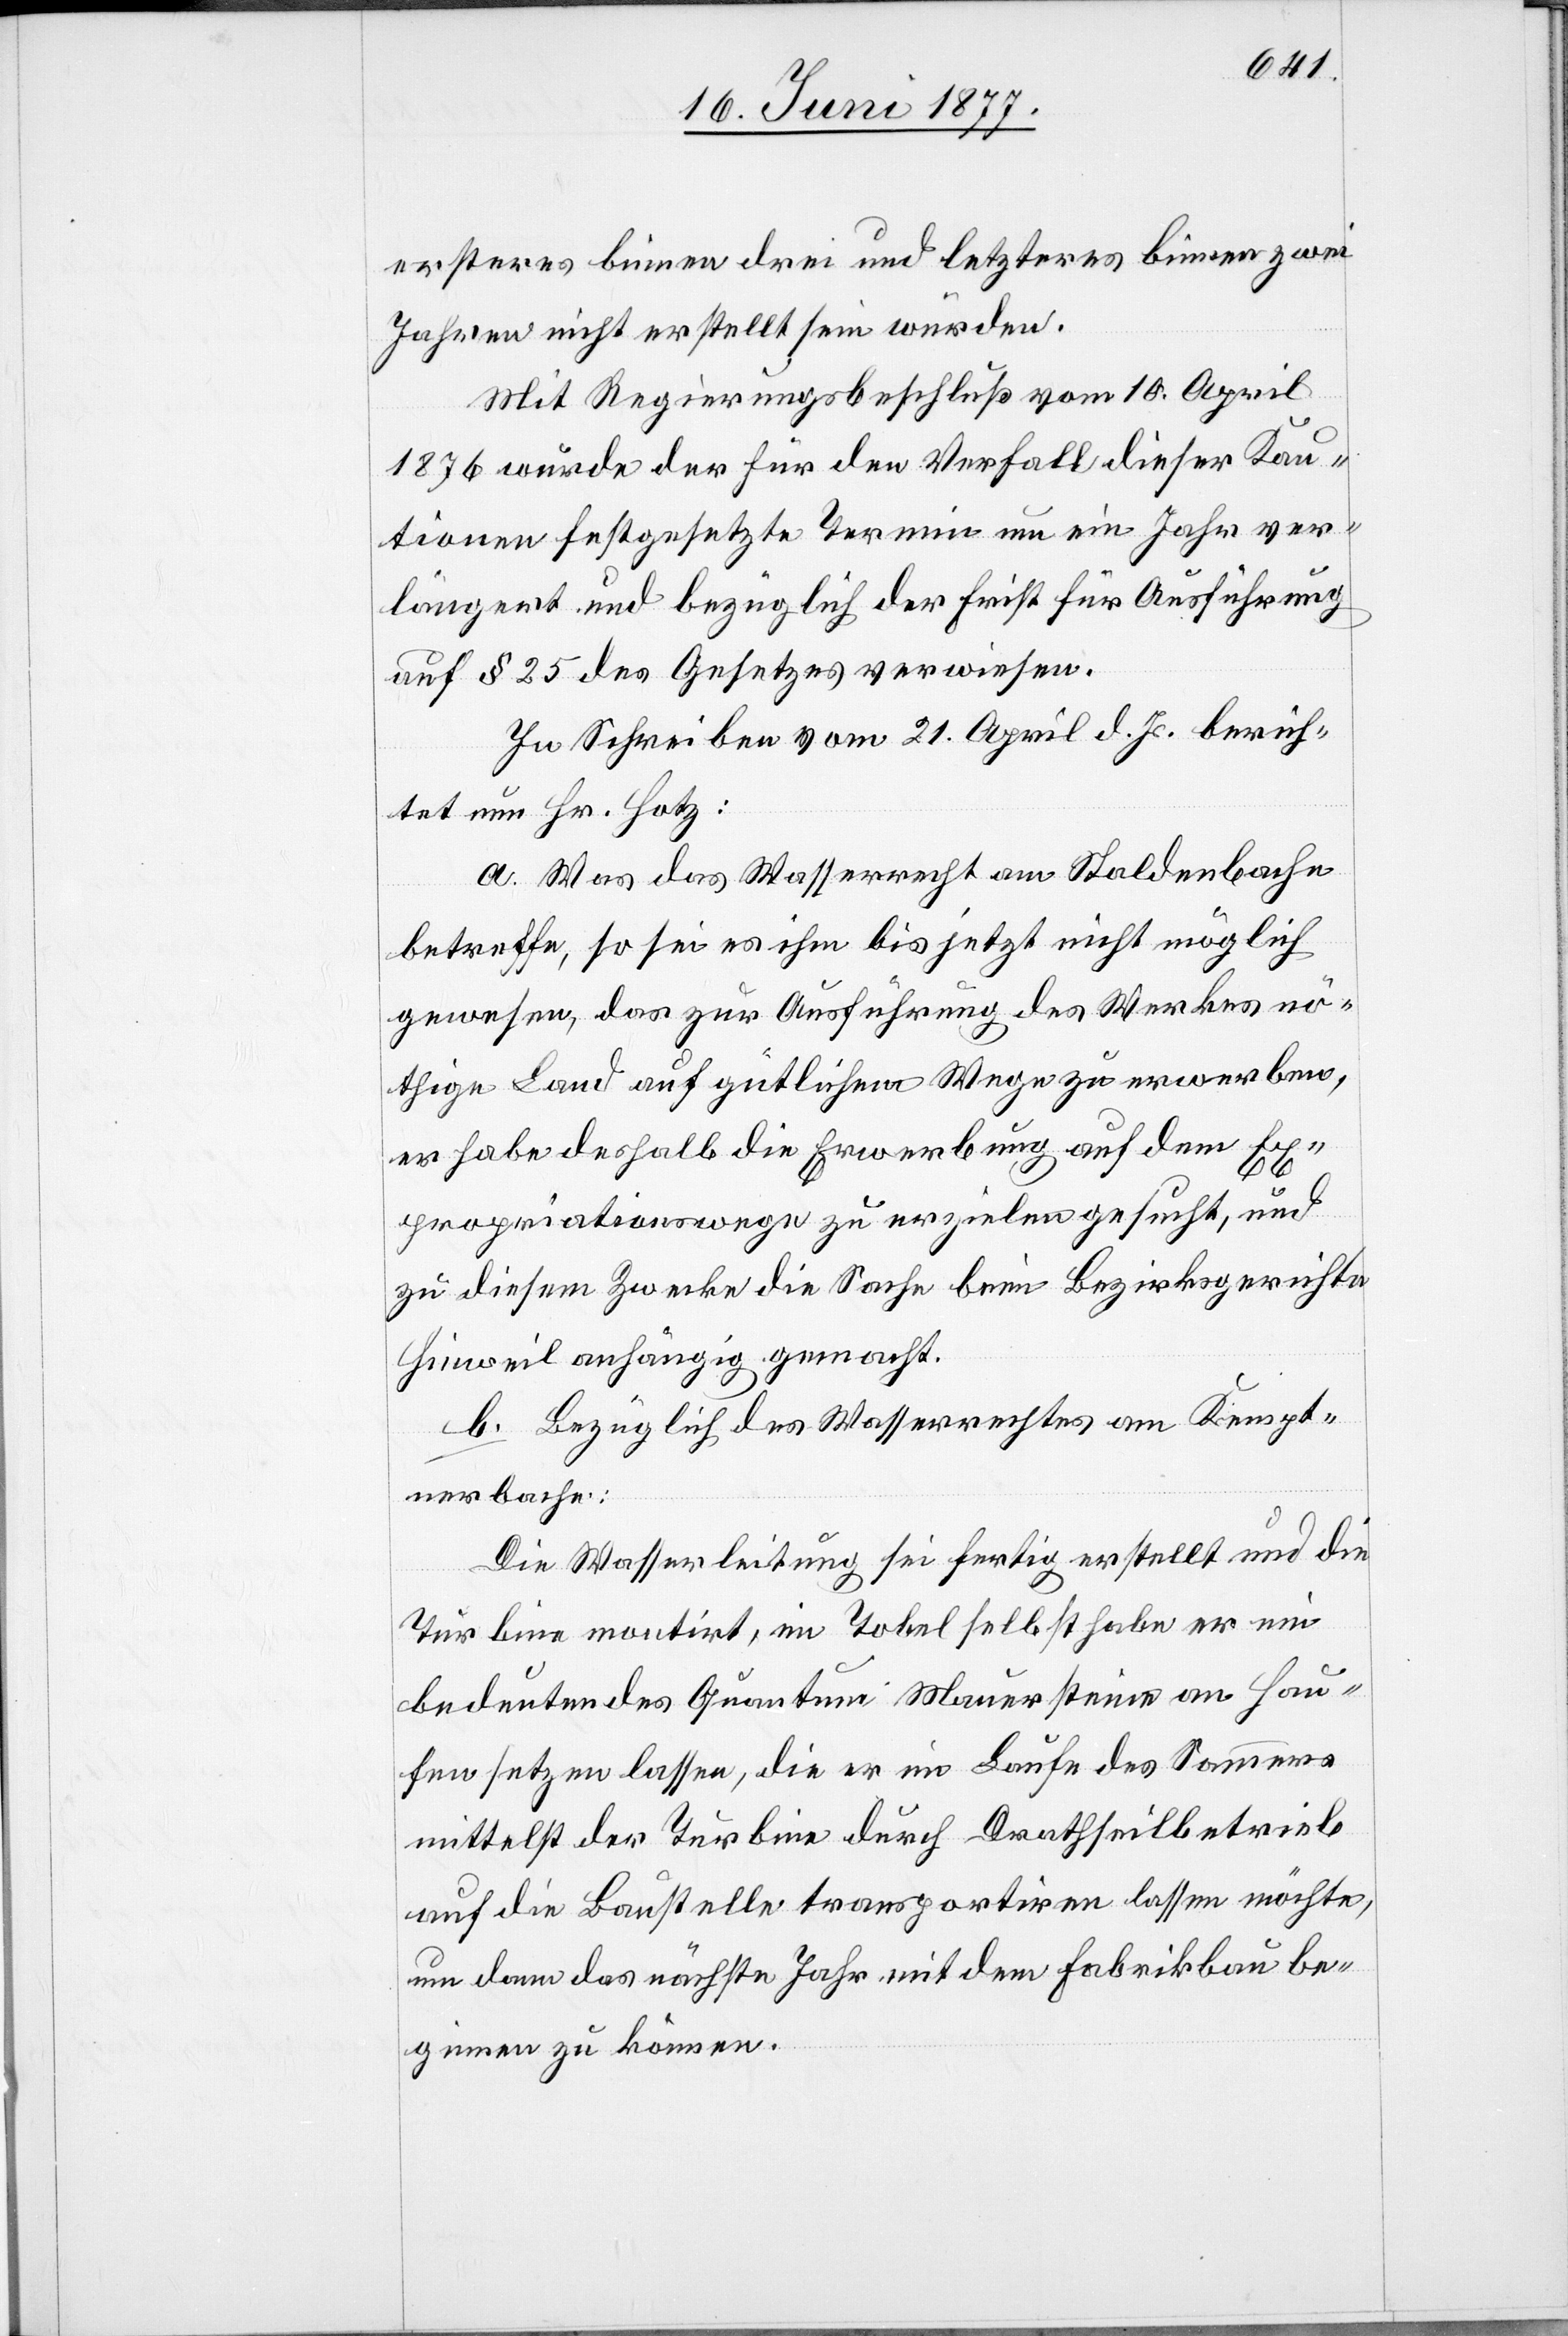
ersteres binnen drei und letzteres binnen zwei
Jahren nicht erstellt sein würden.
Mit Regierungsbeschluß vom 10. April
1876 wurde der für den Verfall dieser Kau¬
tionen festgesetzte Termin um ein Jahr ver¬
längert und bezüglich der Frist für Ausführung
auf § 25 des Gesetzes verwiesen.
In Schreiben vom 21 April d. Js. berich¬
tet nun Hr. Hotz:
a. Was das Wasserrecht am Staldenbache
betreffe, so sei es ihm bis jetzt nicht möglich
gewesen, das zur Ausführung des Werkes nö¬
thige Land auf gütlichem Wege zu erwerben,
er habe deshalb die Erwerbung auf dem Ex¬
propriationswege zu erzielen gesucht, und
zu diesem Zwecke die Sache bei Bezirksgerichte
Hinweil anhängig gemacht.
b. Bezüglich des Wasserrechtes am Kempt¬
nerbache:
Die Wasserleitung sei fertig erstellt und die
Turbine montirt, um Tobel selbst habe er ein
bedeutendes Quantum Mauersteine an Hau¬
fen setzen lassen, die er im Laufe des Sommers
mittelst der Turbine durch Drathseilbetrieb
auf die Baustelle transportiren lassen möchte,
um dann das nächste Jahr mit dem Fabrikbau be¬
ginnen zu können.